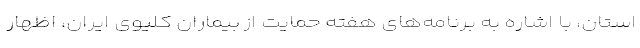
استان، با اشاره به برنامه‌های هفته حمایت از بیماران کلیوی ایران، اظهار